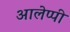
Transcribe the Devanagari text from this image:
आलेप्पी